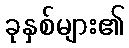
ခုနှစ်များ၏